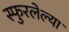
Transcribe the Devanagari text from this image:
स्फुरलेल्या